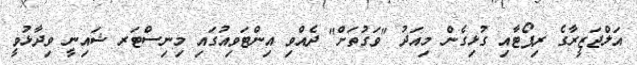
އަލްޖަޒީރާގެ ރިޕޯޓާއި ގުޅިގެން މިއަދު "ވަގުތަށް" ދެއްވި އިންޓަވިއުގައި މިނިސްޓަރ ޝައިނީ ވިދާޅުވީ